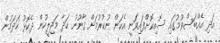
އަދި އެއްބަސްވުމުގައި ސޮއިކޮށްފައިވަނީ އެކަން ނުކުރުމަށް ޤާނޫނު ހަދާ މަޖިލީހުން ދެކޮޅު ހަދަމުން